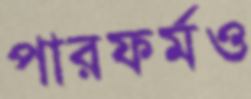
পারফর্মও